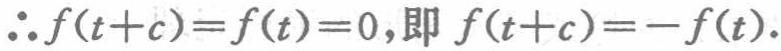
\(\therefore f(t + c)=f(t)=0,即 f(t + c)=-f(t).\)